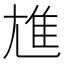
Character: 𲉨